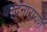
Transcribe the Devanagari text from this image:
चन्द्रनारायण